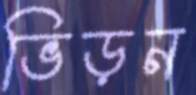
ভিড়ন